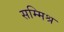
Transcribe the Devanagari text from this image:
सम्‍मिश्र